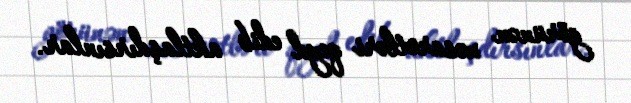
görünən xəsarətləri qeyd edib aktlaşdırsınlar.